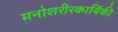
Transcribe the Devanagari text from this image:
मनोशरीरकार्यिकी